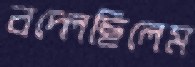
বদ্‌লেছিলেম